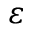
\varepsilon